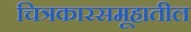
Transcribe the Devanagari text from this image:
चित्रकारसमूहातील